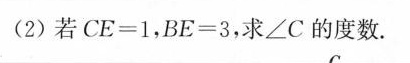
(2)若$$C E = 1$$，$$B E = 3$$，求∠C的度数。